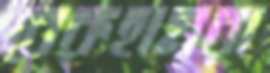
বেকহামরা